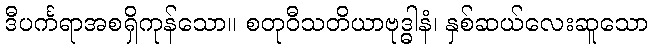
ဒီပင်္ကရာအစရှိကုန်သော။ စတုဝီသတိယာဗုဒ္ဓါနံ၊ နှစ်ဆယ်လေးဆူသော